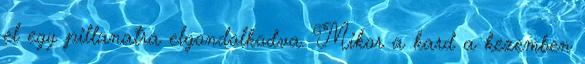
el egy pillanatra elgondolkodva. Mikor a kard a kezemben